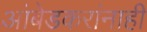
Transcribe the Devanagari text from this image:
आंबेडकरांनाही